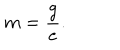
LaTeX: m = \frac { g } { e } .